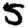
Digit: 5